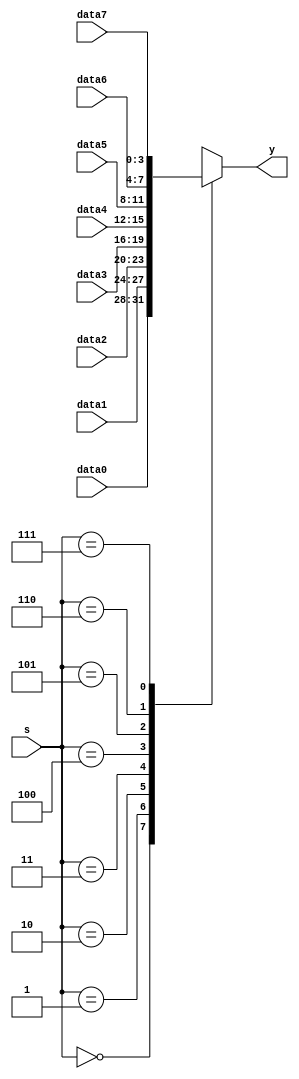
`timescale 1ns / 1ps
module mux8_4_1(
    input wire  [3:0]   data0,  data1,  data2,  data3,  
    input wire  [3:0]   data4,  data5,  data6,  data7,
    input wire  [2:0]   s,
    output reg  [3:0]   y                               );
    
    always @(*)
    begin
        case(s[2:0])
            3'b000 : y = data0;
            3'b001 : y = data1;
            3'b010 : y = data2;
            3'b011 : y = data3;
            3'b100 : y = data4;
            3'b101 : y = data5;
            3'b110 : y = data6;
            3'b111 : y = data7;
        endcase
    end
endmodule